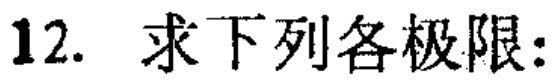
12. 求下列各极限: